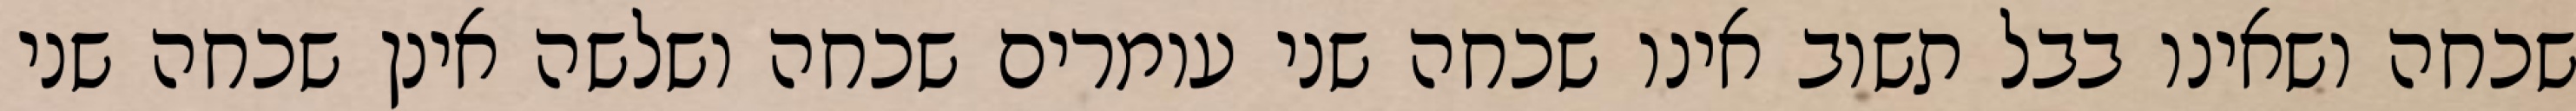
שכחה ושאינו בבל תשוב אינו שכחה שני עומרים שכחה ושלשה אינן שכחה שני